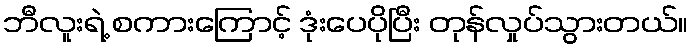
ဘီလူးရဲ့ စကားကြောင့် ဒုံးပေပိုပြီး တုန်လှုပ်သွားတယ်။